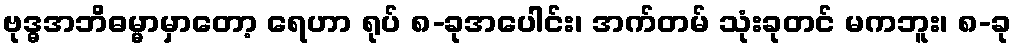
ဗုဒ္ဓအဘိဓမ္မာမှာတော့ ရေဟာ ရုပ် ၈-ခုအပေါင်း၊ အက်တမ် သုံးခုတင် မကဘူး၊ ၈-ခု